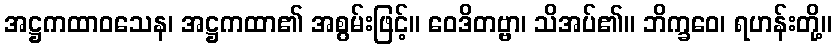
အဋ္ဌကထာဝသေန၊ အဋ္ဌကထာ၏ အစွမ်းဖြင့်။ ဝေဒိတဗ္ဗာ၊ သိအပ်၏။ ဘိက္ခဝေ၊ ရဟန်းတို့။